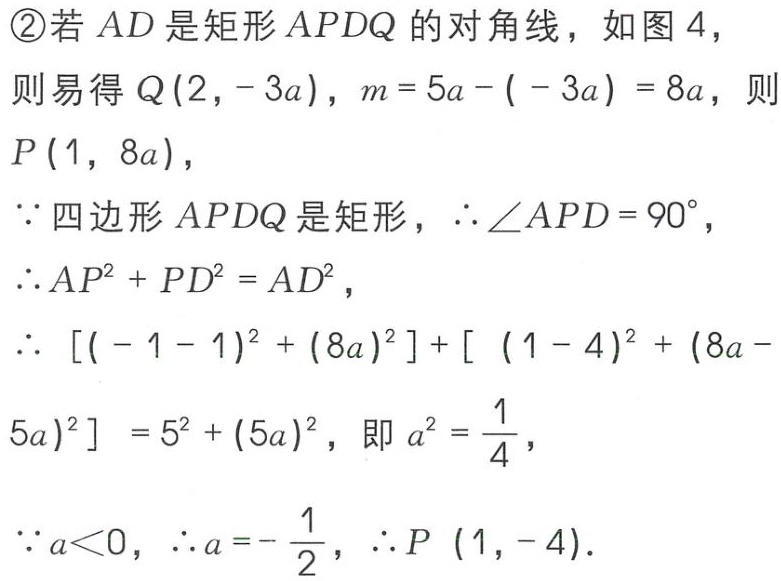
\textcircled{2}若 \(AD\) 是矩形 \(APDQ\) 的对角线，如图 4，
则易得 \(Q(2,-3a)\)，\(m = 5a - (-3a)=8a\)，则 \(P(1,8a)\)，
\(\because\) 四边形 \(APDQ\) 是矩形，\(\therefore\angle APD = 90^{\circ}\)，
\(\therefore AP^{2}+PD^{2}=AD^{2}\)，
\(\therefore [(-1 - 1)^{2}+(8a)^{2}]+[(1 - 4)^{2}+(8a - 5a)^{2}]=5^{2}+(5a)^{2}\)，即 \(a^{2}=\frac{1}{4}\)，
\(\because a<0\)，\(\therefore a = -\frac{1}{2}\)，\(\therefore P(1,-4)\)．